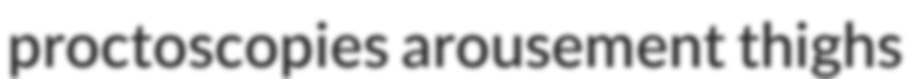
proctoscopies arousement thighs